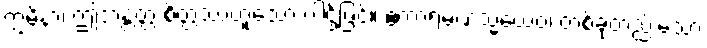
ဣမိနာ၊ ဤဘန္တတ္တံ စိတ္တဿဟူသော ပါဌ်ဖြင့်။ ဧကာရမဏသ္မိံယေဝ၊ တစ်ခုတည်းသော